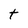
Character: t